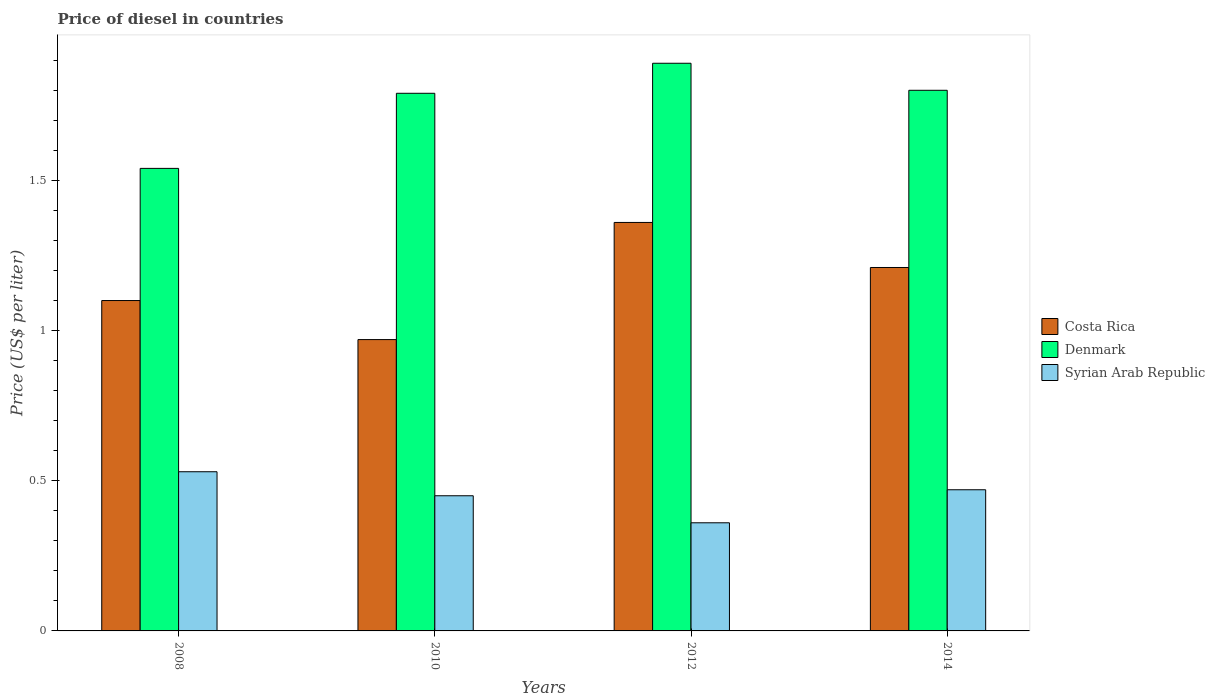
| Years | Costa Rica | Denmark | Syrian Arab Republic |
 | --- | --- | --- | --- |
 | 2008 | 1.1 | 1.54 | 0.53 |
 | 2010 | 0.97 | 1.79 | 0.45 |
 | 2012 | 1.36 | 1.89 | 0.36 |
 | 2014 | 1.21 | 1.8 | 0.47 |